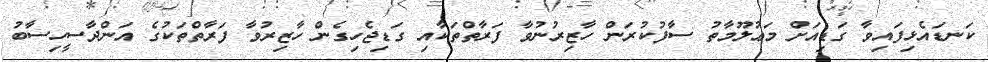
ކަނޑައެޅިފައިވާ ގަޑިއަށް މަޢުލޫމާތު ސާފުކުރަން ހާޒިރުނުވާ ފަރާތްތަކާއި ގަޑިޖެހިގެން ހާޒިރުވާ ފަރާތްތަކުގެ އަންދާސީހިސާބު